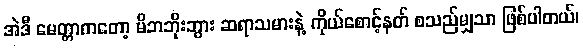
အဲဒီ မေတ္တာကတော့ မိဘဘိုးဘွား ဆရာသမားနဲ့ ကိုယ်စောင့်နတ် စသည်မျှသာ ဖြစ်ပါတယ်၊